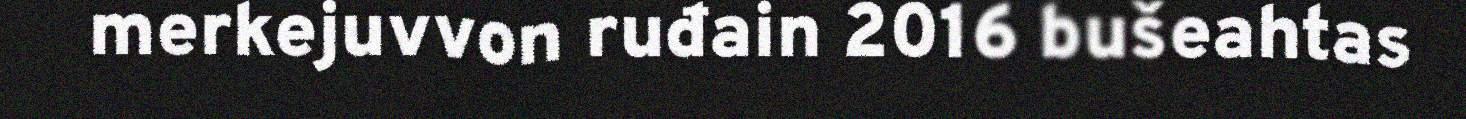
merkejuvvon ruđain 2016 bušeahtas